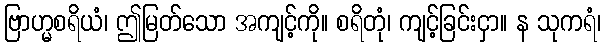
ဗြာဟ္မစရိယံ၊ ဤမြတ်သော အကျင့်ကို။ စရိတုံ၊ ကျင့်ခြင်းငှာ။ န သုကရံ၊